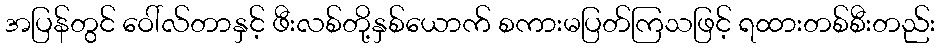
အပြန်တွင် ဝေါ်လ်တာနှင့် ဖီးလစ်တို့နှစ်ယောက် စကားမပြတ်ကြသဖြင့် ရထားတစ်စီးတည်း